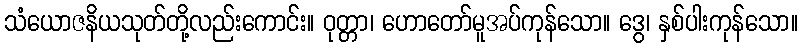
သံယောဇနိယသုတ်တို့လည်းကောင်း။ ဝုတ္တာ၊ ဟောတော်မူအပ်ကုန်သော။ ဒွေ၊ နှစ်ပါးကုန်သော။